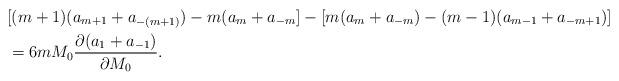
LaTeX: \begin{align*}&[(m+1)(a_{m+1}+a_{-(m+1)})-m(a_m+a_{-m}]-[m(a_m+a_{-m})-(m-1)(a_{m-1}+a_{-m+1})]\\&=6mM_0\frac{\partial(a_1+a_{-1})}{\partial M_0}.\end{align*}